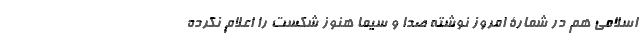
اسلامی هم در شمارۀ امروز نوشته صدا و سیما هنوز شکست را اعلام نکرده